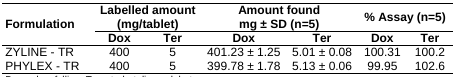
| <ROWSPAN=3> Formulation | <COLSPAN=2> Labelled amount (mg/tablet) | <COLSPAN=2> Amount found mg ± SD (n=5) | <COLSPAN=2> % Assay (n=5) |
 | Dox | Ter | Dox | Ter | Dox | Ter |
 | --- | --- | --- | --- | --- | --- | --- |
 | ZYLINE - TR | 400 | 5 | 401.23 ± 1.25 | 5.01 ± 0.08 | 100.31 | 100.2 |
 | PHYLEX - TR | 400 | 5 | 399.78 ± 1.78 | 5.13 ± 0.06 | 99.95 | 102.6 |